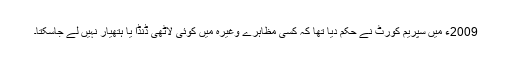
2009ء میں سپریم کورٹ نے حکم دیا تھا کہ کسی مظاہرے وغیرہ میں کوئی لاٹھی ڈنڈا یا ہتھیار نہیں لے جاسکتا۔